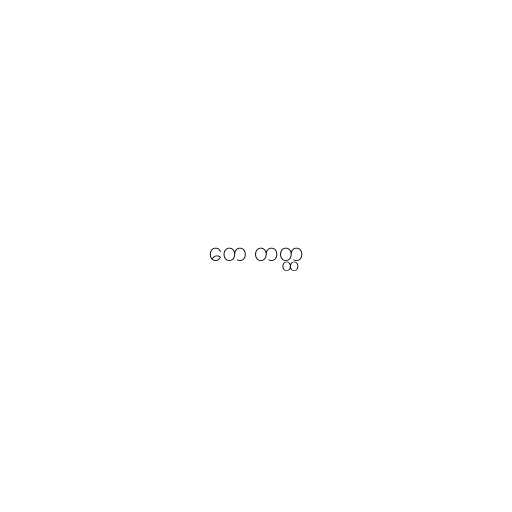
တေ တတ္ထ